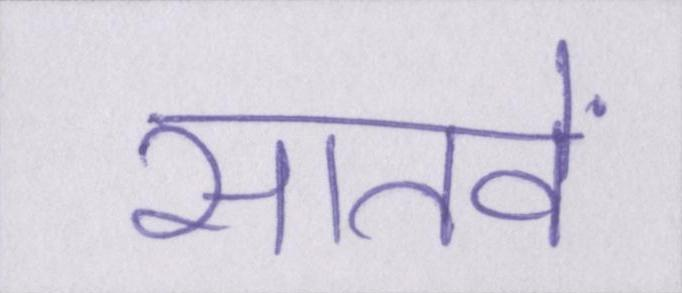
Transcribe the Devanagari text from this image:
सातवें